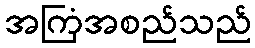
အကြံအစည်သည်